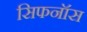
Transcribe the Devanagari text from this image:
सिफनॉस